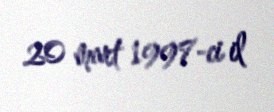
20 mart 1997-ci il